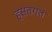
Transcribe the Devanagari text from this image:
हसतगत